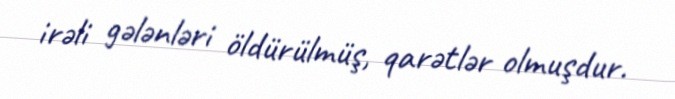
irəli gələnləri öldürülmüş, qarətlər olmuşdur.